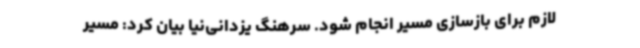
لازم برای بازسازی مسیر انجام شود. سرهنگ یزدانی‌نیا بیان کرد: مسیر